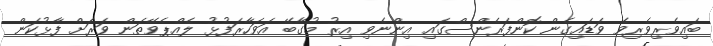
ބައިވެރިވެރިވެ ވަޑައިގެން ކޮންފަރެންސްގައި އިންނެވި އިރު މުގާބޭ އަވަހާރަފުޅު ލެއްޕެވޭތަން ވަރަށް ފާޅުކަން